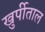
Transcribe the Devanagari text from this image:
खुर्पीताल